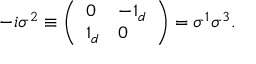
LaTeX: - i \sigma ^ { 2 } \equiv \left( \begin{array} { l l } { { 0 } } & { { - 1 _ { d } } } \\ { { 1 _ { d } } } & { { 0 } } \end{array} \right) = \sigma ^ { 1 } \sigma ^ { 3 } .